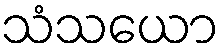
သံသယော